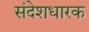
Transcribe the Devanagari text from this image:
संदेशधारक